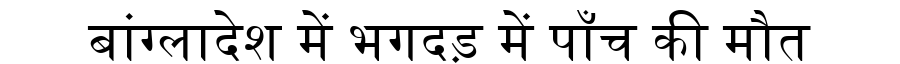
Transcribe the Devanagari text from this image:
बांग्लादेश में भगदड़ में पाँच की मौत